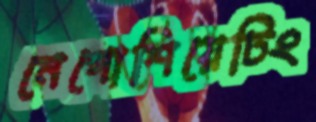
নেগোশিয়েটিং